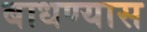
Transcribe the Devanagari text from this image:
बाधण्यास